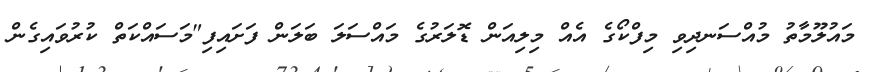
މައުލޫމާތު މުއްސަނދިވި މިފްކޯގެ އެއް މިލިއަން ޑޮލަރުގެ މައްސަލަ ބަލަން ފަށައިފި"މަސައްކަތް ކުރުވައިގެން